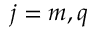
j = m , q